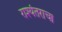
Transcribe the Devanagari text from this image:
राश्यंतराचा